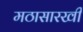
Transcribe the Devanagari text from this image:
मठासारखी